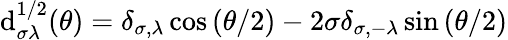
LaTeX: \mathrm{d}_{\sigma\lambda}^{1/2}(\theta)=\delta_{\sigma,\lambda}\cos{(\theta/2)}-2\sigma\delta_{\sigma,-\lambda}\sin{(\theta/2)}